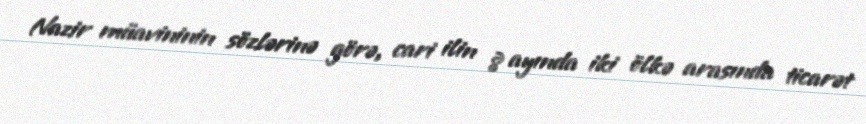
Nazir müavininin sözlərinə görə, cari ilin 8 ayında iki ölkə arasında ticarət